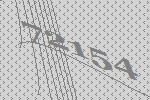
72154